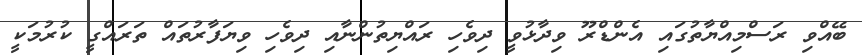
ބޭއްވި ރަސްމިއްޔާތުގައި އެންޑްރޫ ވިދާޅުވީ ދިވެހި ރައްޔިތުންނާއި ދިވެހި ވިޔަފާރުތައް ތަރައްގީ ކުރުމަކީ